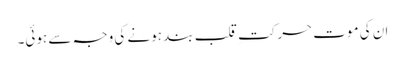
ان کی موت حرکتِ قلب بند ہونے کی وجہ سے ہوئی۔